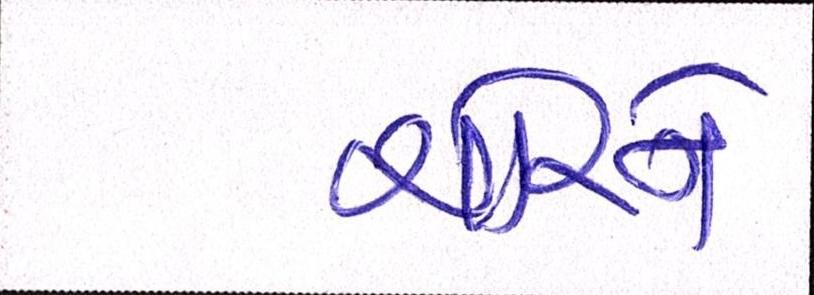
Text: ચોરને